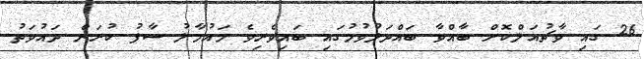
26 ގައި ވާޗުއަލްކޮށް ބާއްވާ ބައްދަލުވުމުގައި ބައިވެރިވެ މައުމާލު ސާފު ކުރަން ދައުވަތު